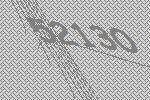
52130